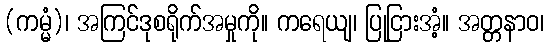
(ကမ္မံ)၊ အကြင်ဒုစရိုက်အမှုကို။ ကရေယျ၊ ပြုငြားအံ့။ အတ္တနာဝ၊